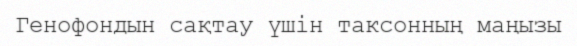
Генофондын сақтау үшін таксонның маңызы